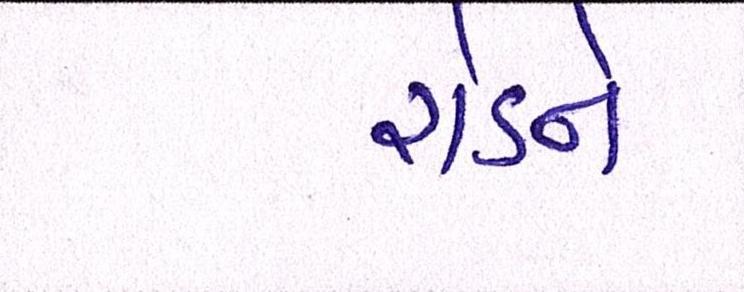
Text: રોડને